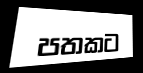
පතකට